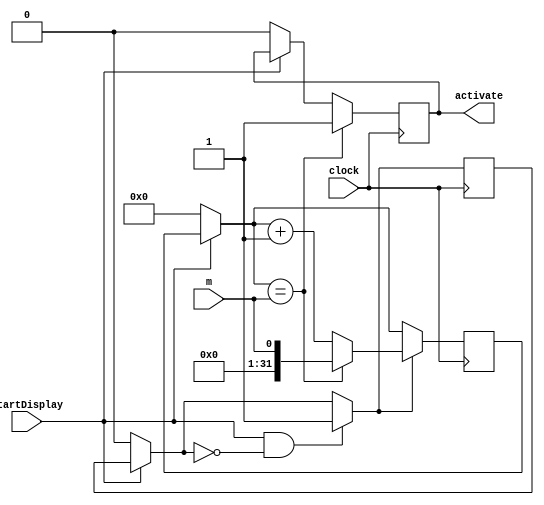
`timescale 1ns / 1ps
//////////////////////////////////////////////////////////////////////////////////
// Company: 
// Engineer: 
// 
// Design Name: 
// Module Name: variable_counter
// Project Name: 
// Target Devices: 
// Tool Versions: 
// Description: 
// 
// Dependencies: 
// 
// Revision:
// Revision 0.01 - File Created
// Additional Comments:
// 
//////////////////////////////////////////////////////////////////////////////////


module display_counter(
    input clock,
    input m,
    input startDisplay,
    output reg activate = 0
    );
    reg init = 0;
    reg[31:0] count;
    
    always @ (posedge clock) begin
        if (!startDisplay) begin
            count = 0;
            init = 0;
            activate = 0;
        end
        if (startDisplay && !init) begin
            init = 1;
        end
        if (init) begin
            count <= (count == m) ? m : count + 1;
        end
        if (count == m) begin
            activate = 1;
        end
    end
endmodule